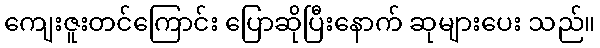
ကျေးဇူးတင်ကြောင်း ပြောဆိုပြီးနောက် ဆုများပေး သည်။